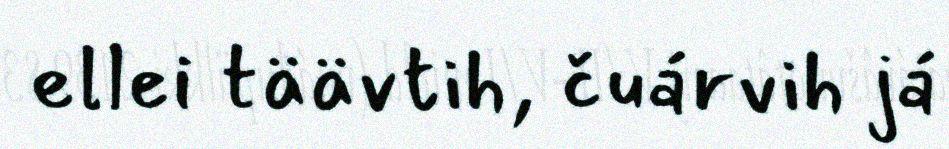
ellei täävtih, čuárvih já